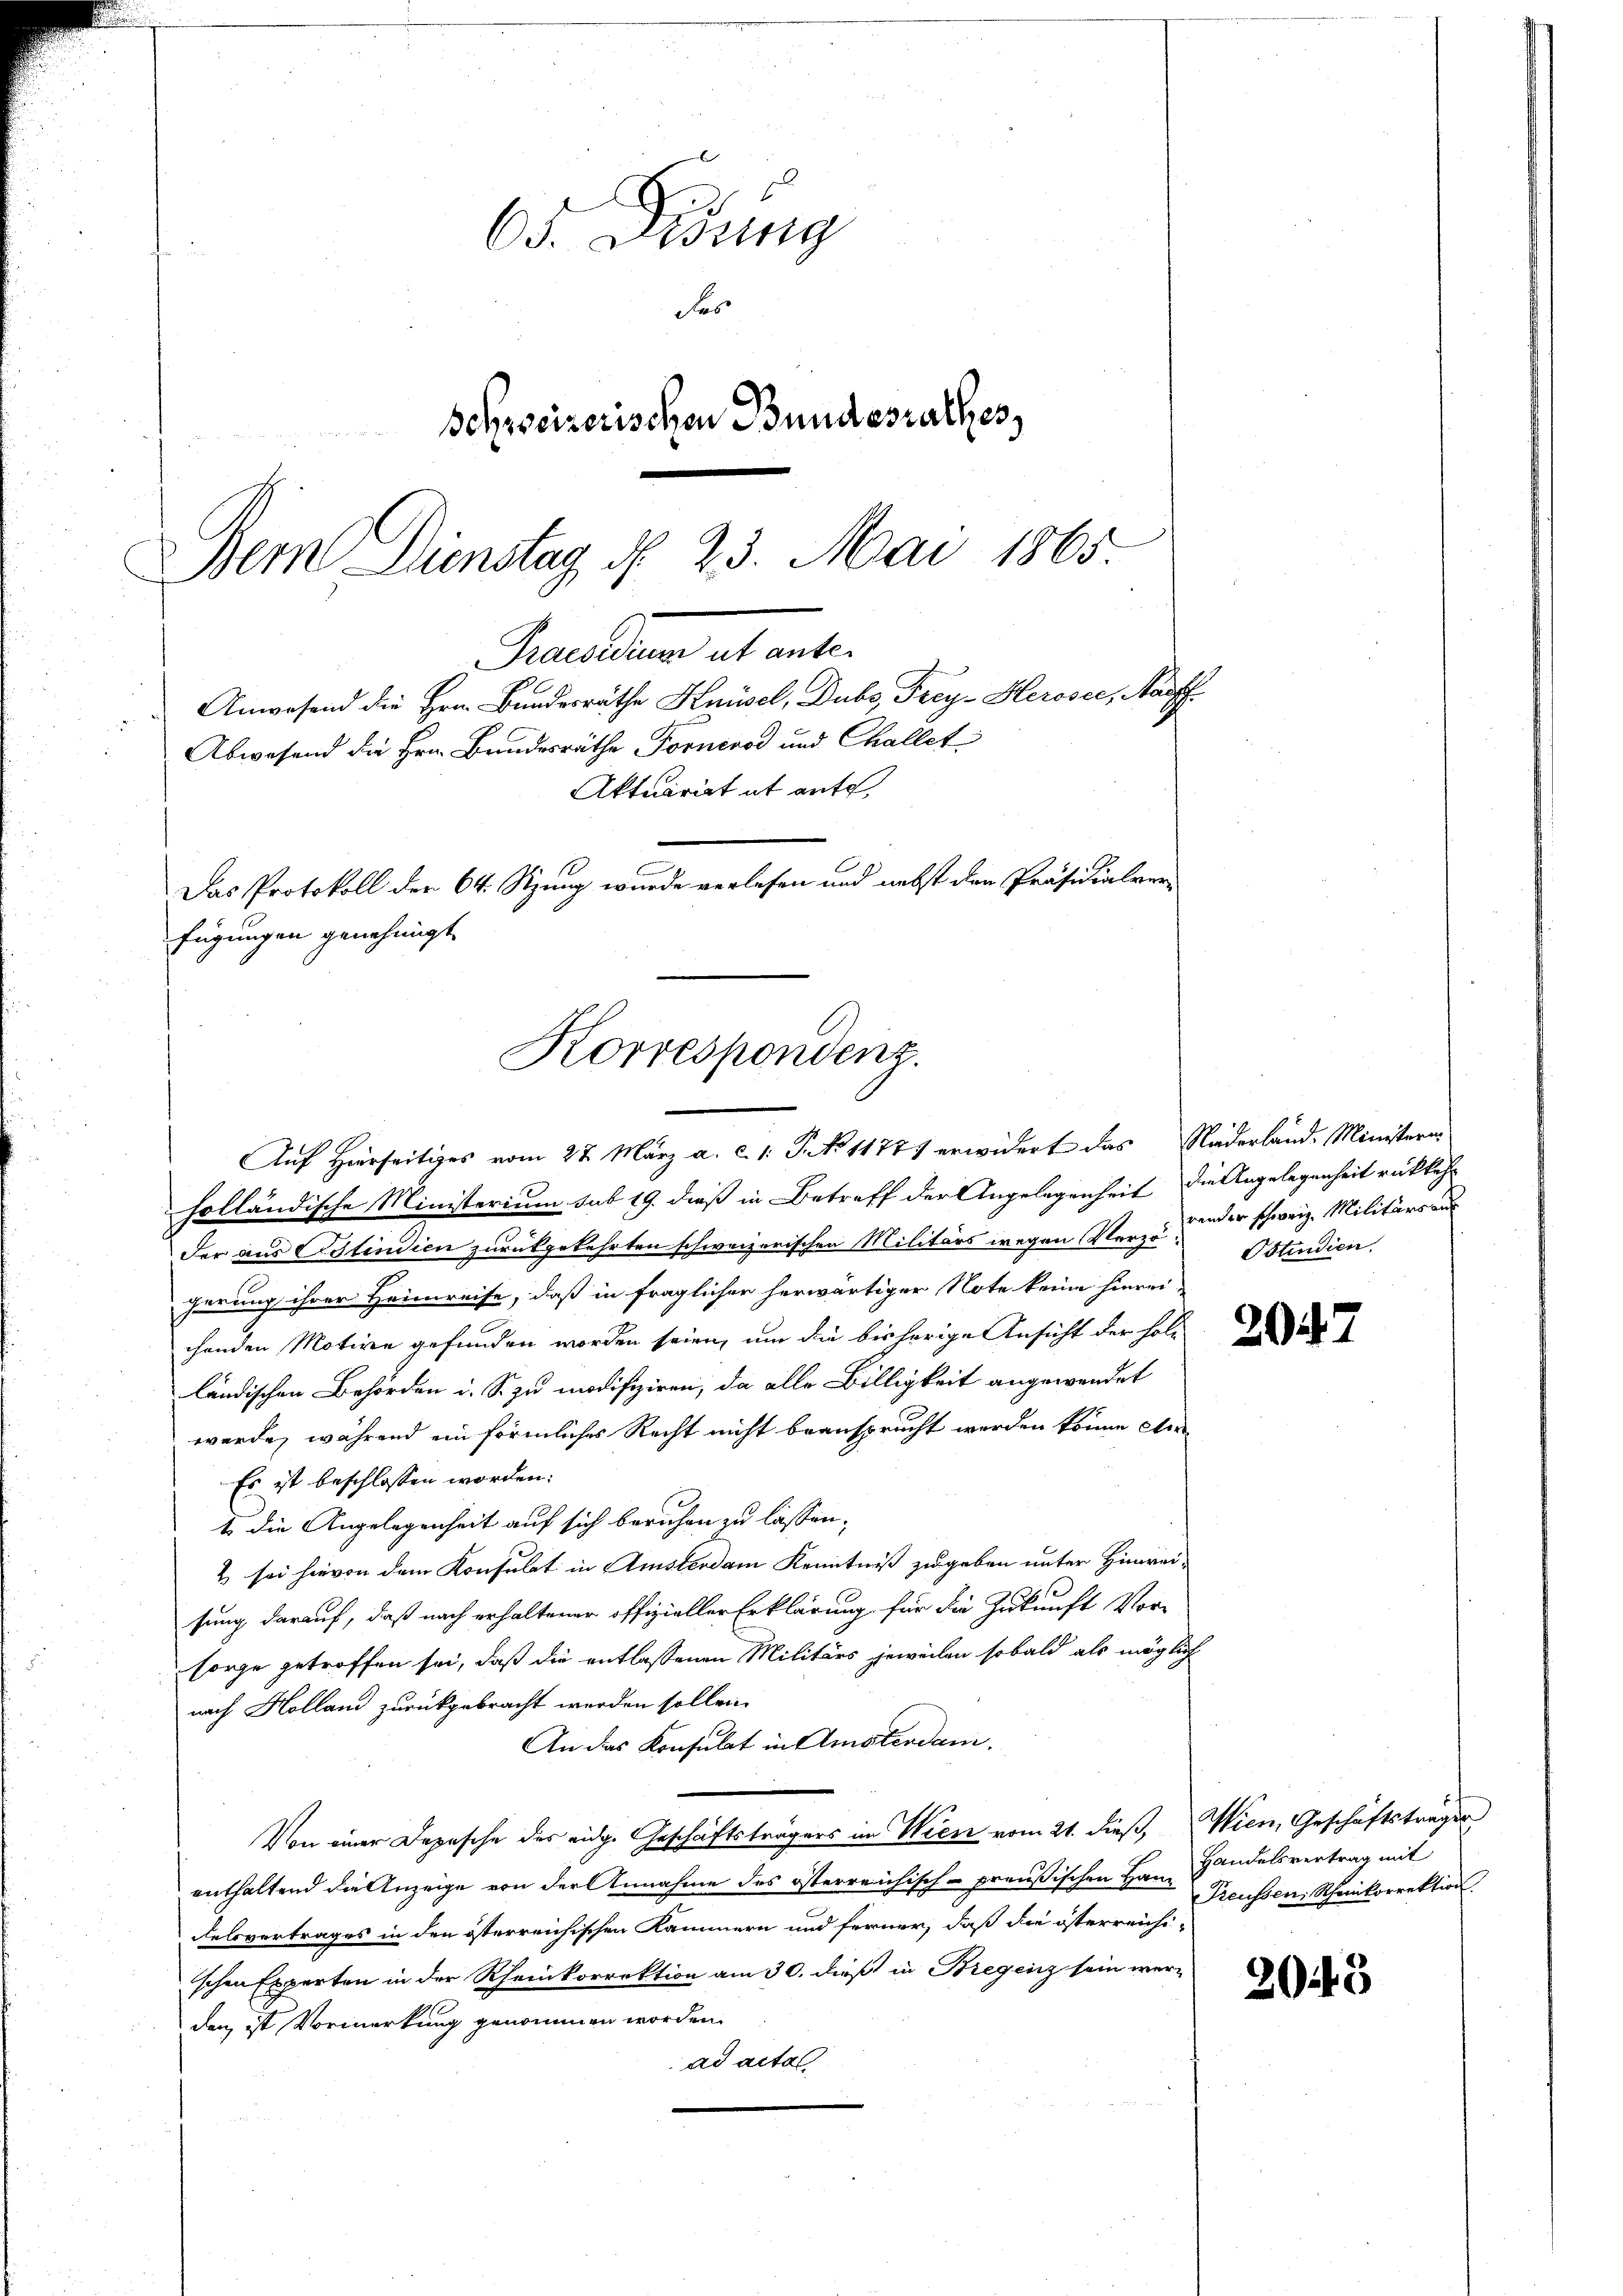
63. Dring
das
Schreizerischen Bundesrathes,
Bem Dienstag d. 23. Mai 1865

Praesiden alt ente.
Abwesend die Hrn. Bundesräthe Fornerod und Challet
Aktuariat it ante,
Das Protokoll der 64. Sizung wurde verlesen und nebst den Präsidialver
fügungen genehmigt.
Korrespondenz.

Auf Hierseitiges vom 27. März a. c. 1. P. No 1177 erwidert das Niederland. Ministern-
holländische Ministerium sub 19. dieß in Betreff der Angelegenheit, die Angelegenheit rückkehr
der aus Selindien zurückgekehrten schweizerischen Militärs wegen Verzu wider schweiz. Militärs aus
gerung ihrer Heimreise, daß in fraglicher herwärtiger Note keine hinrei-
chenden Motiven gefunden worden seien, um die bisherige Ansicht der holländischen Behörden i. S. zu modifiziren, da alle Billigkeit angewendet
werde, während ein förmliches Recht nicht beansprucht werden könne die
Es ist beschlossen worden.
1 die Angelegenheit auf sich beruhen zu lassen.
2 sei hievon dem Konsulat in Amsterdam Kenntniß zugeben unter Hinreisung darauf, daß nach erhaltener offizieller Erklärung für die Zukunft Vor-
sorge getroffen sei, daß die entlassenen Militärs jeweilen sobald als möglich
nach Holland zurückgebracht werden sollen.
An das Konsulat in Amsterdam.
Von einer Depesche des eidge Geschäftsträgers im Wien vom 21. dieß, Wien, Geschäftstrages
enthaltend die Anzeige von der Annahme des österreichisch-preußischen Han Handelsvertrag mit
Felsvertrages in den österreichischen Kammern und ferner, daß die österreichi-
schen Experten in der Rheinkorrektion am 30. dieß in Bregenz sein werden ist Vormerkung genommen worden.
ad acta

Anwesend die Hrn. Bundesräthe Knüsel, Dubs, Frey-Herosee, Nauff

Ostindien

Preussen, Scheinkorrektion.

2043